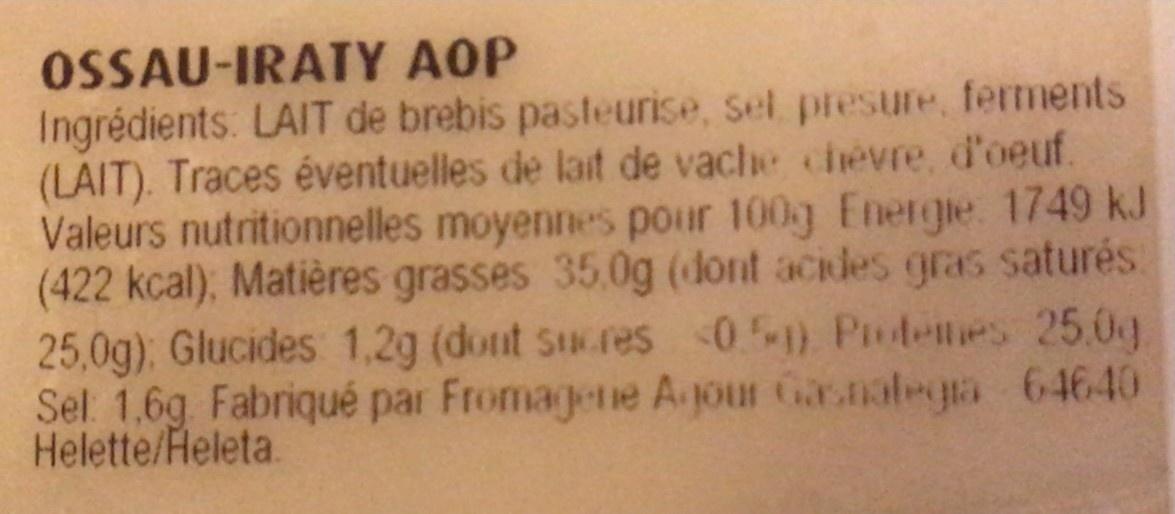
OSSAU-IRATY AOP Ingrédients: LAIT de brebis pasteurise, sel presure, ferments (LAIT). Traces éventuelles de lait de vache chevre, d'oeuf. Valeurs nutritionnelles moyennes pour 100g Energe 1749 kJ (422 kcal), Matières grasses 35.0g (dont acides gras saturés 25,0g): Glucides 1,2g (dont Stuc.res 01) Potenes 25.0g. Sel 1,6g Fabriqué par Fromagene A jour Gasnalegra 64640 Helette/Heleta.